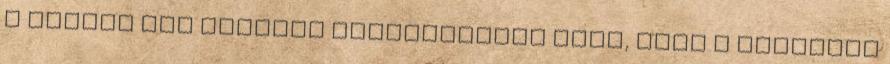
a Google Now jellegű kísérleteket arra, hogy a készülék